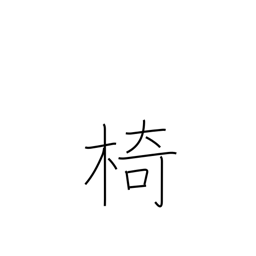
Meaning: chair